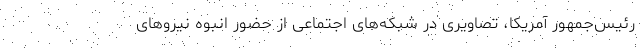
رئیس‌جمهور آمریکا، تصاویری در شبکه‌های اجتماعی از حضور انبوه نیروهای